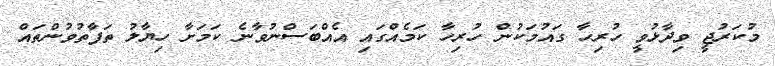
މުކަރުޖީ ވިދާޅުވީ ހުރިހާ ގައުމަކުން ހުރިހާ ކަމެއްގައި އެއްބަސްނުވާނެ ކަމަށާ ހިޔާލު ތަފާތުވުންތައް